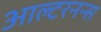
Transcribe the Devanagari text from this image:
आल्टरनन्स